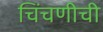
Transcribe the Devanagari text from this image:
चिंचणीची